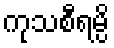
ကုသစီရမ္ပိ